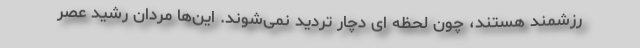
رزشمند هستند، چون لحظه ای دچار تردید نمی‌شوند. این‌ها مردان رشید عصر